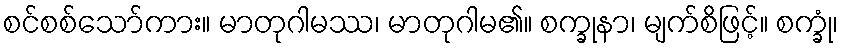
စင်စစ်သော်ကား။ မာတုဂါမဿ၊ မာတုဂါမ၏။ စက္ခုနာ၊ မျက်စိဖြင့်။ စက္ခုံ၊